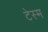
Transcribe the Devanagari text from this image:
टेस्म